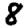
Digit: 8